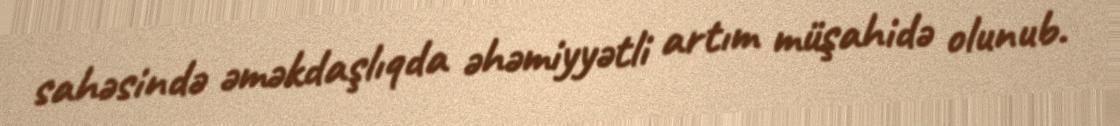
sahəsində əməkdaşlıqda əhəmiyyətli artım müşahidə olunub.